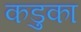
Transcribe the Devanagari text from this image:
कडुका